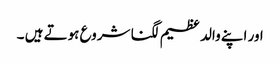
اور اپنے والد عظیم لگنا شروع ہوتے ہیں‌ ۔